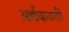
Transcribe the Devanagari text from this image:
अर्द्यकवर्ती